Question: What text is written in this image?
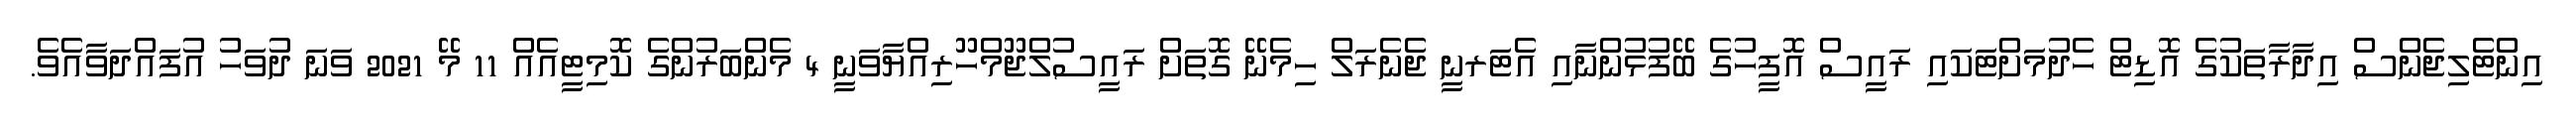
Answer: އިންޓެލިޖެންސް އިދާރާތަކުގެ އޮޑިޓް ހެދުމަށްޓަކައި ރައީސް އޮފީހުގެ ބޭފުޅުންނާއި އެޓަރނީ ޖެނެރަލް ހިމެނޭ ގޮތަށް ރައީސުލްޖޫމްހޫރިއްޔާވަނީ 4 މެންބަރުންގެ ކޮމިޓީއެއް 11 މޭ 2021 ވަނަ ދުވަހު އުފައްދަވާއެވެ.